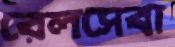
রেলসেবা